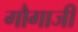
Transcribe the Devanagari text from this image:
गौगाजी